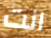
انت